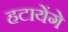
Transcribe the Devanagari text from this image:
हटायेंगे